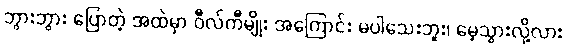
ဘွားဘွား ပြောတဲ့ အထဲမှာ ဝီလ်ကီမျိုး အကြောင်း မပါသေးဘူး၊ မေ့သွားလို့လား